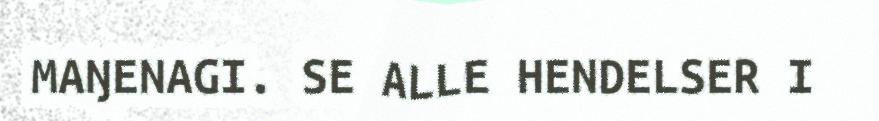
MAŊENAGI. SE ALLE HENDELSER I